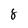
Character: 8